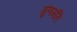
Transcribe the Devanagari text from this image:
गुणमति